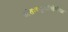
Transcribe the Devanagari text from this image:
अंतःस्फूर्तीखेरीज